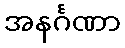
အနင်္ဂဏာ